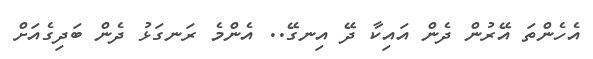
އެހެންތަ އޭރުން ދެން އައިކާ ދޭ އިނގޭ.. އެންމެ ރަނގަޅު ދެން ބަދިގެއަށް